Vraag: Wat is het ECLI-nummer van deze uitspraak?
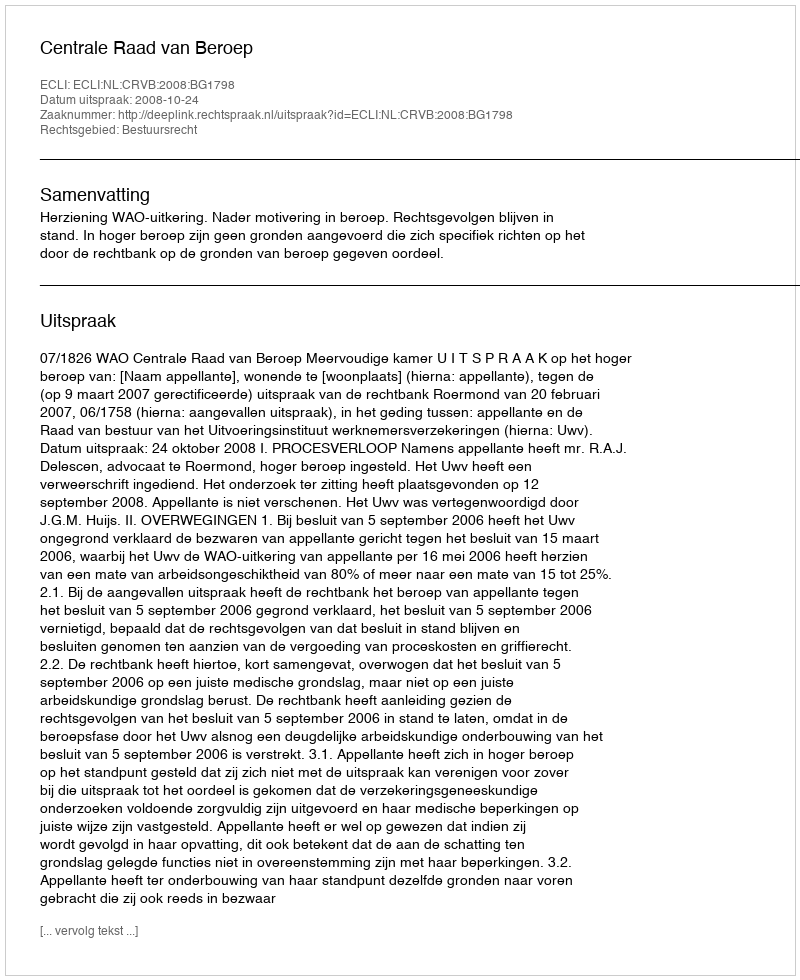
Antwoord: ECLI:NL:CRVB:2008:BG1798